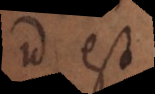
id est